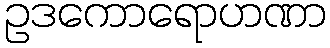
ဥဒကောရောဟဏာ